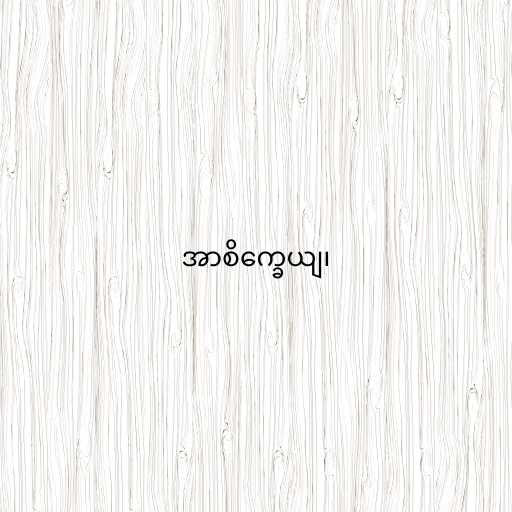
အာစိက္ခေယျ၊